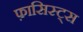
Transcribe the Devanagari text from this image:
फ़ासिस्ट्स